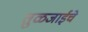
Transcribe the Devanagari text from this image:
तुळजाईचे